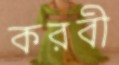
করবী